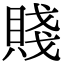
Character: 賤